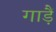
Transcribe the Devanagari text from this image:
गाड़ैं